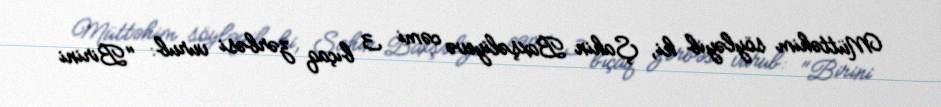
Müttəhim söyləyib ki, Şahin Baxşəliyevə cəmi 3 bıçaq zərbəsi vurub: "Birini